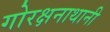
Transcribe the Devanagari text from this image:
गोरक्षनाथानी